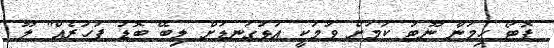
ފޮޓޯ ހިމަނާ ނޫޓު ކަމަށް ވުމަކީ އަޅުގަނޑަށް ލިބޭ ބޮޑު ފަހުރެއް" ލޫ